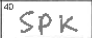
Transcription: SPK